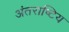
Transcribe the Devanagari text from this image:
अंतराष्टिय